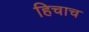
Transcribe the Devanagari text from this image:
हिचाच